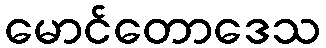
မောင်တောဒေသ